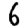
Digit: 6